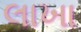
લાખા